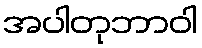
အပါတုဘာဝါ